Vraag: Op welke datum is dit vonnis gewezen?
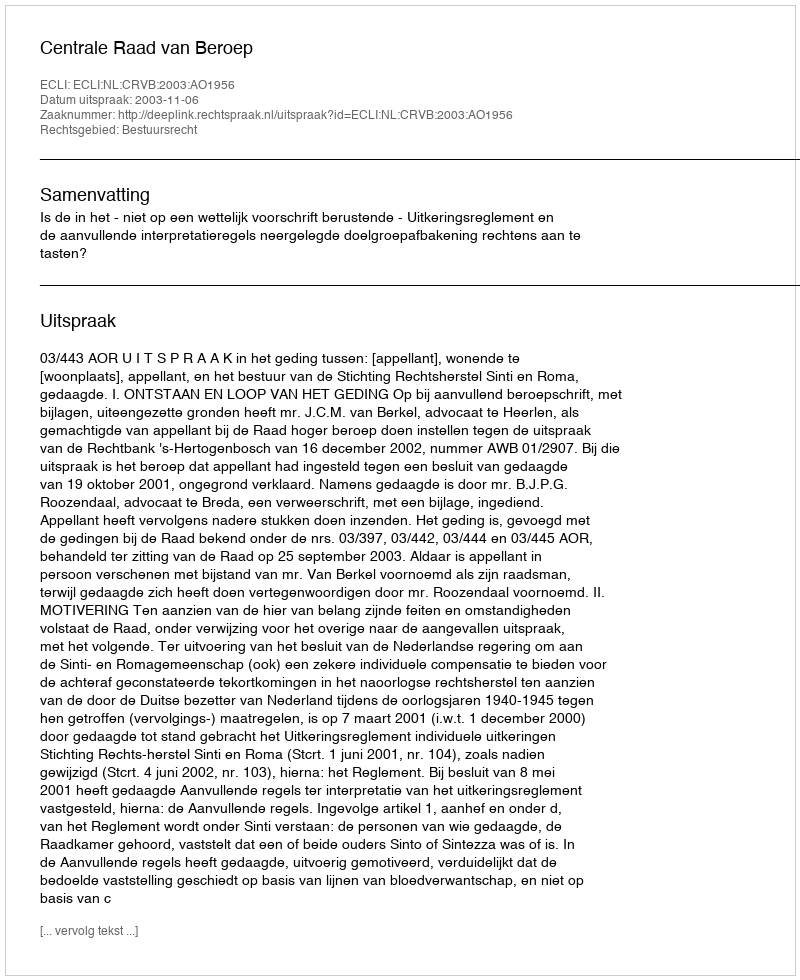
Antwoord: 2003-11-06